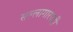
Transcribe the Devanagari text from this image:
सल्लागारपदी